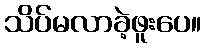
သိပ်မလာခဲ့ဖူးပေ။